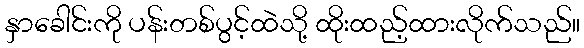
နှာခေါင်းကို ပန်းတစ်ပွင့်ထဲသို့ ထိုးထည့်ထားလိုက်သည်။